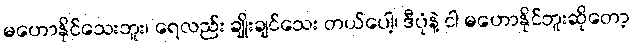
မဟောနိုင်သေးဘူး၊ ရေလည်း ချိုးချင်သေး တယ်ပေါ့၊ ဒီပုံနဲ့ ငါ မဟောနိုင်ဘူးဆိုတော့